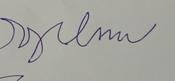
Signature authenticity: forged